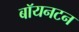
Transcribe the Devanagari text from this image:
बॉयनटन